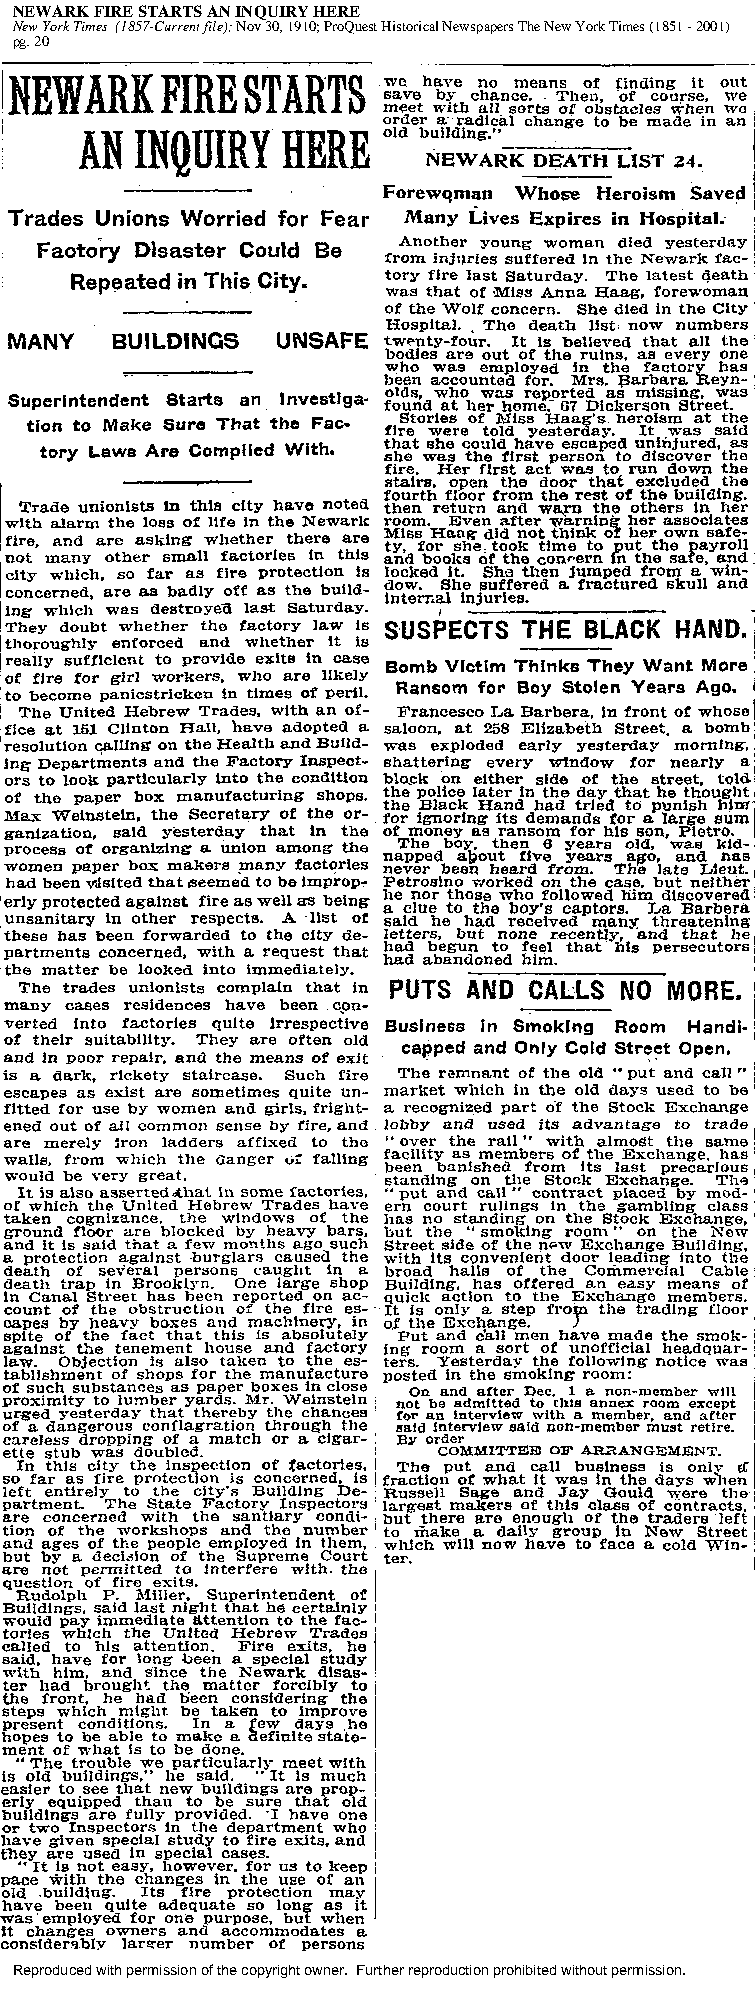
NEWARK FIRE STARTS AN INQUIRY HERE
 New York Times (1857-Current file); Nov 30, 1910; ProQuest Historical Newspapers The New York Times (1851 - 2001)
 pg. 20
 Reproduced with permission of the copyright owner. Further reproduction prohibited without permission.